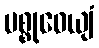
မစ္စုဓေယျံ